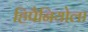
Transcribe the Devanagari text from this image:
हिपैनियोला